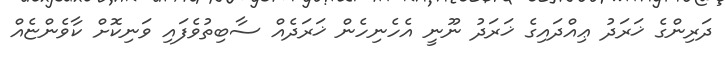
ދަރިންގެ ޚަރަދު ޢިއްދައިގެ ޚަރަދު ނޫނީ އެހެނިހެން ޚަރަދެއް ސާބިތުވެފައި ވަނިކޮށް ކާވެންޏެއް